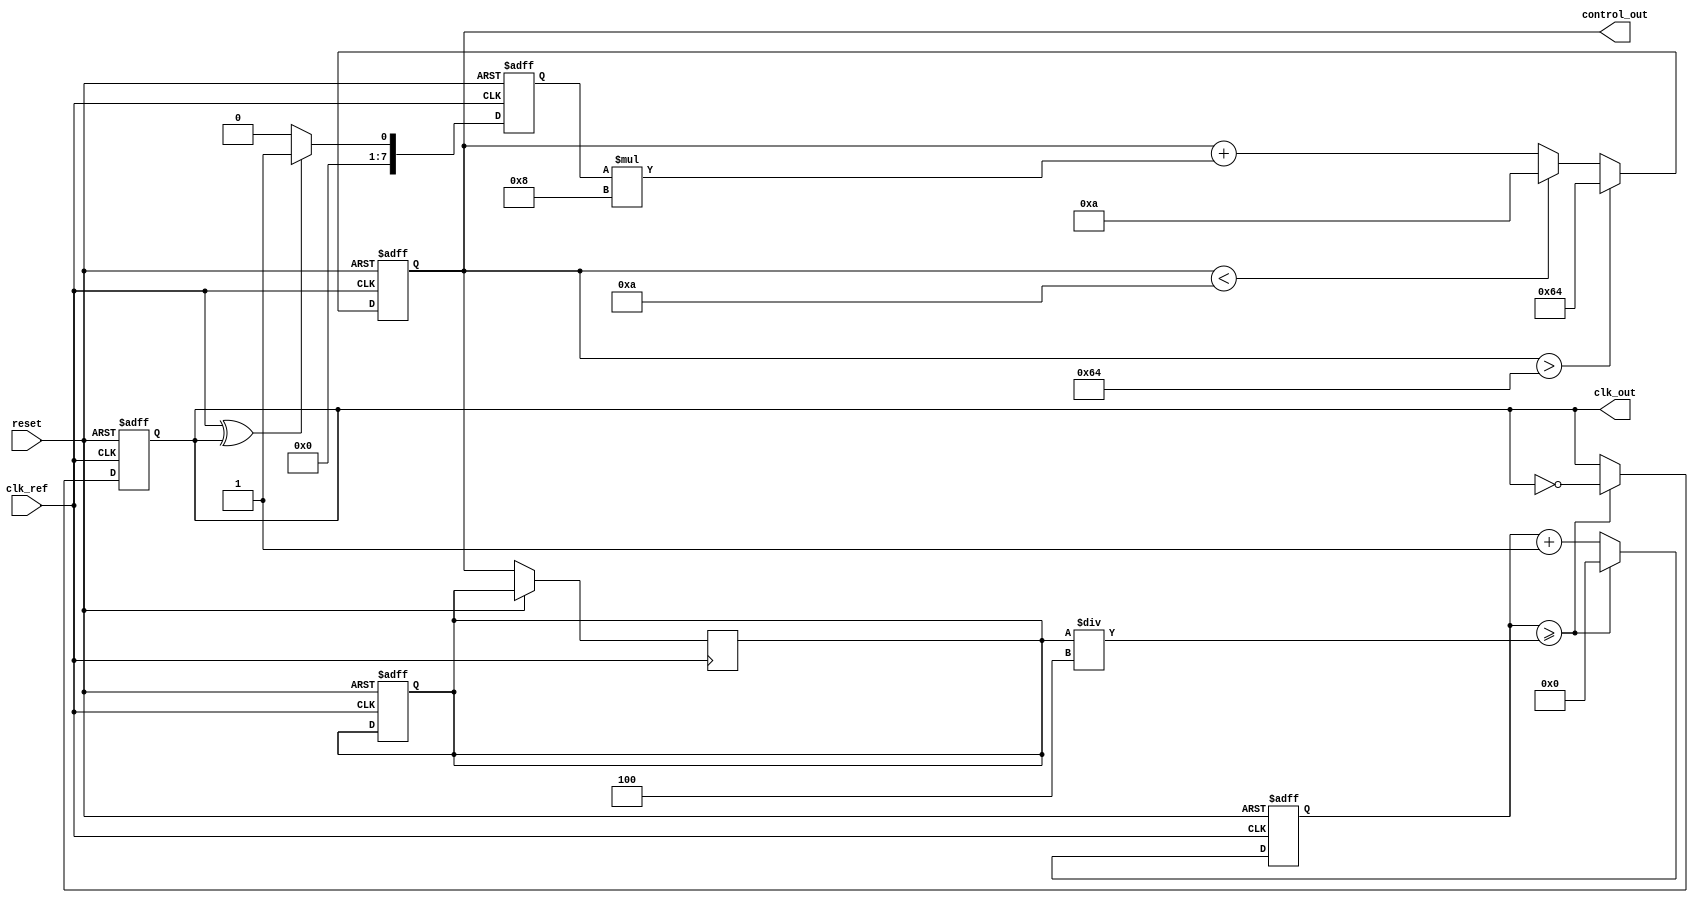
module PLL (
    input wire clk_ref,          // Reference clock input
    input wire reset,            // Reset signal
    output reg clk_out,          // Output clock
    output reg [7:0] control_out // Control voltage output (for VCO)
);

// Parameters
parameter DIV_RATIO = 4; // Example division ratio
parameter FILTER_GAIN = 8; // Loop filter gain
parameter VCO_MAX_FREQ = 100; // Max frequency for VCO
parameter VCO_MIN_FREQ = 10; // Min frequency for VCO

// Internal signals
reg [7:0] phase_error;       // Phase error signal
reg [7:0] vco_freq;          // VCO frequency control
reg [7:0] vco_output;        // VCO output signal
reg [3:0] divider_count;     // Divider counter

// Phase Detector (PD) - Simple XOR for demonstration
always @(posedge clk_ref or posedge reset) begin
    if (reset) begin
        phase_error <= 0;
    end else begin
        phase_error <= (clk_ref ^ clk_out) ? 1 : 0; // Simple phase error detection
    end
end

// Loop Filter (LF) - Simple proportional filter
always @(posedge clk_ref or posedge reset) begin
    if (reset) begin
        control_out <= 0;
        vco_freq <= VCO_MIN_FREQ; // Initialize VCO frequency
    end else begin
        control_out <= control_out + (phase_error * FILTER_GAIN);
        if (control_out > VCO_MAX_FREQ)
            control_out <= VCO_MAX_FREQ;
        else if (control_out < VCO_MIN_FREQ)
            control_out <= VCO_MIN_FREQ;
    end
end

// Voltage-Controlled Oscillator (VCO)
always @(posedge clk_ref or posedge reset) begin
    if (reset) begin
        vco_output <= 0;
        clk_out <= 0;
        divider_count <= 0;
    end else begin
        // Example VCO behavior based on control voltage
        vco_freq <= control_out; // Control frequency
        if (divider_count >= (vco_freq / DIV_RATIO)) begin
            clk_out <= ~clk_out; // Toggle output clock
            divider_count <= 0;   // Reset divider count
        end else begin
            divider_count <= divider_count + 1;
        end
    end
end

endmodule